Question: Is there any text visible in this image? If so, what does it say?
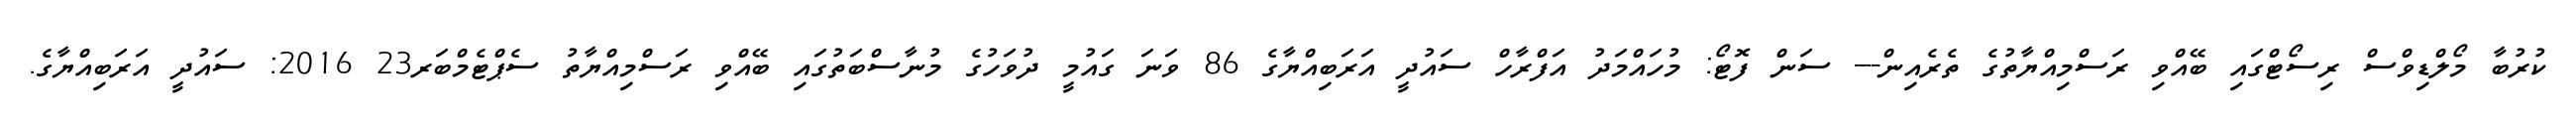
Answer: ކުރުބާ މޯލްޑިވްސް ރިސޯޓްގައި ބޭއްވި ރަސްމިއްޔާތުގެ ތެރެއިން--- ސަން ފޮޓޯ: މުހައްމަދު އަފްރާހް ސައުދީ އަރަބިއްޔާގެ 86 ވަނަ ގައުމީ ދުވަހުގެ މުނާސްބަތުގައި ބޭއްވި ރަސްމިއްޔާތު ސެޕްޓެމްބަރ23 2016: ސައުދީ އަރަބިއްޔާގެ.